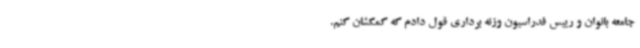
جامعه بانوان و رییس فدراسیون وزنه برداری قول دادم که کمکشان کنم.